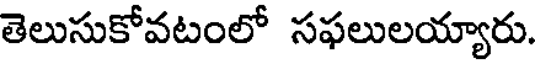
తెలుసుకోవటంలో సఫలులయ్యారు.